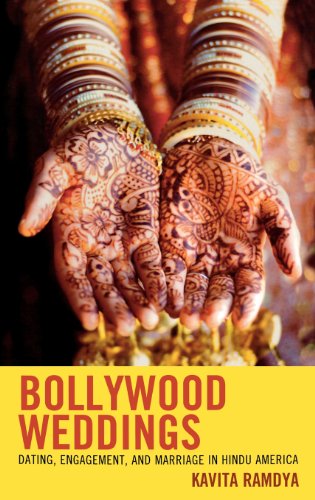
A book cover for Bollywood Weddings: Dating, Engagement, and Marriage in Hindu America; Kavita Ramdya; Crafts, Hobbies & Home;